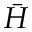
\bar { H }